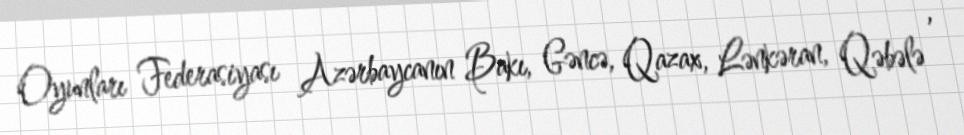
Oyunları Federasiyası Azərbaycanın Bakı, Gəncə, Qazax, Lənkəran, Qəbələ ,